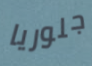
جلوريا